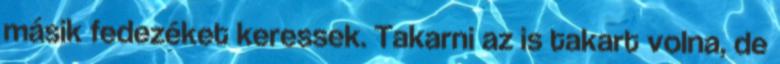
másik fedezéket keressek. Takarni az is takart volna, de